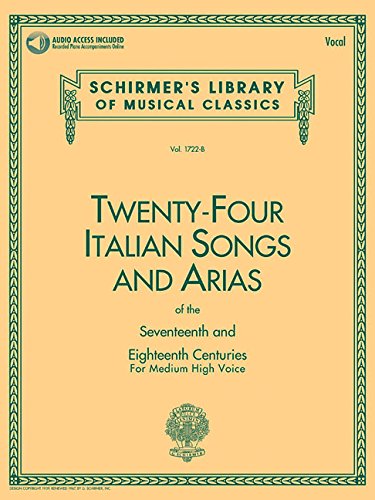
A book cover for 24 Italian Songs and Arias: Medium High Voice (Book, Vocal Collection); Humor & Entertainment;